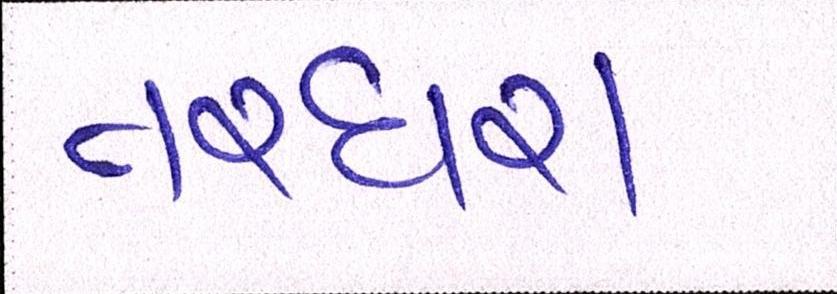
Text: તરઘરા